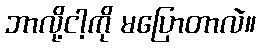
ဘာလို့ငါ့ကို မပြောတာလဲ။